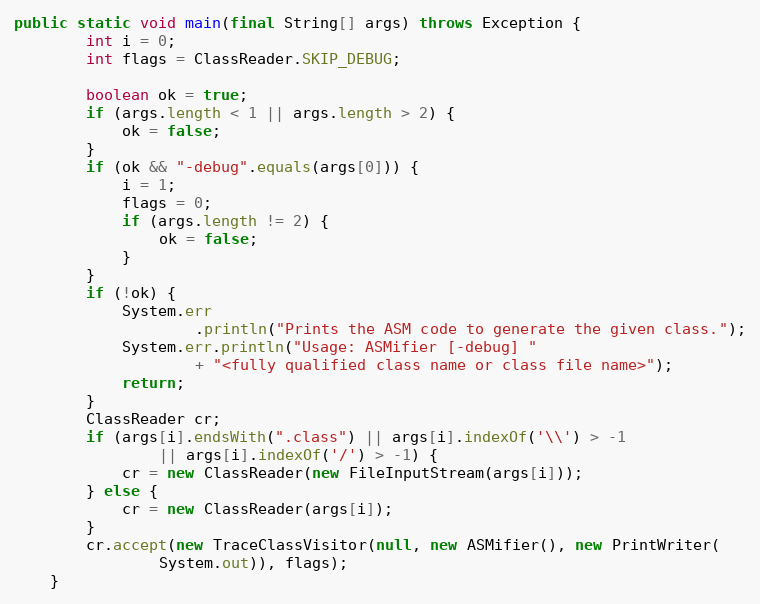
Language: Java
public static void main(final String[] args) throws Exception {
        int i = 0;
        int flags = ClassReader.SKIP_DEBUG;

        boolean ok = true;
        if (args.length < 1 || args.length > 2) {
            ok = false;
        }
        if (ok && "-debug".equals(args[0])) {
            i = 1;
            flags = 0;
            if (args.length != 2) {
                ok = false;
            }
        }
        if (!ok) {
            System.err
                    .println("Prints the ASM code to generate the given class.");
            System.err.println("Usage: ASMifier [-debug] "
                    + "<fully qualified class name or class file name>");
            return;
        }
        ClassReader cr;
        if (args[i].endsWith(".class") || args[i].indexOf('\\') > -1
                || args[i].indexOf('/') > -1) {
            cr = new ClassReader(new FileInputStream(args[i]));
        } else {
            cr = new ClassReader(args[i]);
        }
        cr.accept(new TraceClassVisitor(null, new ASMifier(), new PrintWriter(
                System.out)), flags);
    }